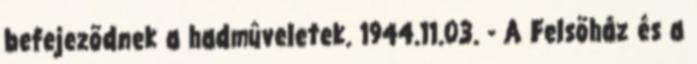
befejezõdnek a hadmûveletek. 1944.11.03. - A Felsõház és a